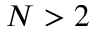
N > 2